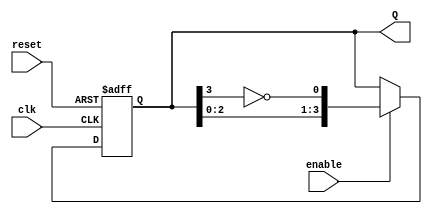
module johnson_counter #(parameter N = 4) (
    input wire clk,          // Clock input
    input wire reset,        // Asynchronous reset
    input wire enable,       // Enable signal
    output reg [N-1:0] Q     // Counter output
);

// Internal signal for the inverted output of the last flip-flop
wire inverted_last;

// Assign inverted output of the last flip-flop
assign inverted_last = ~Q[N-1];

// Always block for the Johnson Counter
always @(posedge clk or posedge reset) begin
    if (reset) begin
        // Asynchronous reset: set all flip-flops to 0
        Q <= 0;
    end else if (enable) begin
        // Shift the states according to the Johnson Counter logic
        Q <= {Q[N-2:0], inverted_last};
    end
end

endmodule